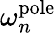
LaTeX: \omega_{n}^{\mathrm{pole}}